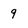
Character: 9